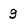
Character: 9